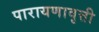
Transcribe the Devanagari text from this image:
पारायणावृत्ती